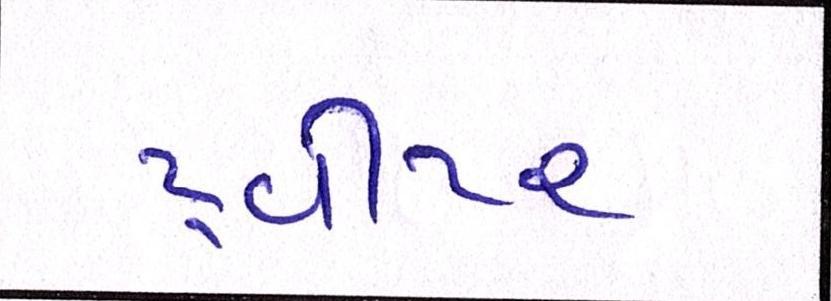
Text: ટ્વીટર